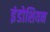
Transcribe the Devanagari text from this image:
इंडोशियन